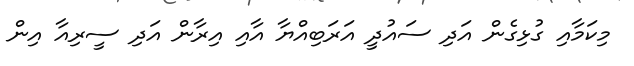
މިކަމާއި ގުޅިގެން އަދި ސައުދީ އަރަބިއްޔާ އާއި އިރާން އަދި ސީރިއާ އިން